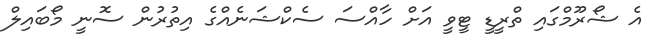
އެ ޝޯރޫމްގައި ތްރީޑީ ޓީވީ އަށް ހާއްސަ ސެކްޝަނެއްގެ އިތުރުން ސޮނީ މޯބައިލް